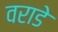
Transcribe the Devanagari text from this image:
वराडे